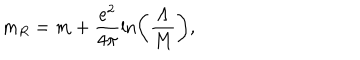
m _ { R } = m + \frac { e ^ { 2 } } { 4 \pi } \ln \left( \frac { \Lambda } { M } \right) ,